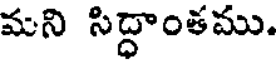
మని సిద్ధాంతము.